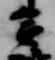
多